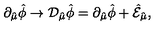
\partial _ { \hat { \mu } } \hat { \phi } \rightarrow { \cal D } _ { \hat { \mu } } \hat { \phi } = \partial _ { \hat { \mu } } \hat { \phi } + \hat { \cal E } _ { \hat { \mu } } ,